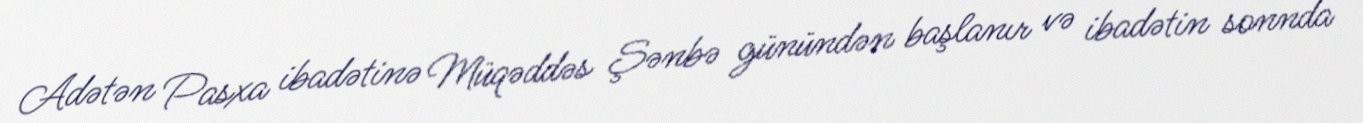
Adətən Pasxa ibadətinə Müqəddəs Şənbə günündən başlanır və ibadətin sonnda